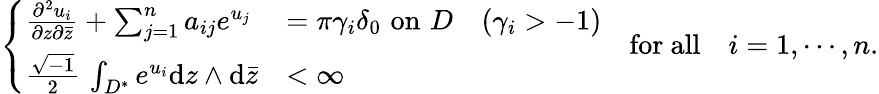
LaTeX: \left\{ \begin{array}{ll}{\frac{\partial^{2}u_{i}}{\partial z\partial\bar{z}}+\sum_{j=1}^{n}a_{ij}e^{u_{j}}}&{=\pi\gamma_{i}\delta_{0}\, \, \mathrm{on}\, \, D\quad(\gamma_{i}>-1)}\\ {\frac{\sqrt{-1}}{2}\, \int_{D^{*}}e^{u_{i}}\mathrm{d}z\wedge\mathrm{d}\bar{z}}&{<\infty}\end{array}\right.\quad\mathrm{for~all}\quad i=1,\cdots,n.